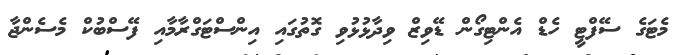
މެޓަގެ ސޭފްޓީ ހެޑް އެންޓިގޯން ޑޭވިޒް ވިދާޅުޅުވި ގޮތުގައި އިންސްޓަގްރާމާއި ފޭސްބުކް މެސެންޖާ